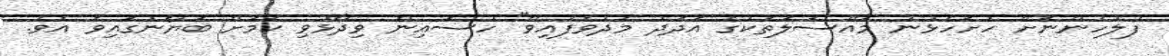
ފުލުހުންނަށް ހުށަހެޅުނު މައްސަލަތަކުގެ އަދަދު މަދުވެފައިވޭ" ހުސައިން ވިދާޅުވި ކަމަށް ބަޔާނުގައިވެ އެވެ.